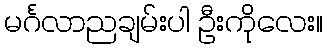
မင်္ဂလာညချမ်းပါ ဦးကိုလေး။